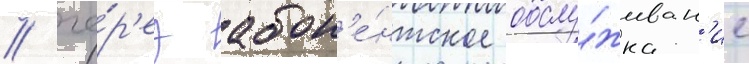
/ че́р'ез абон'е́нтское обслу́живан'ие